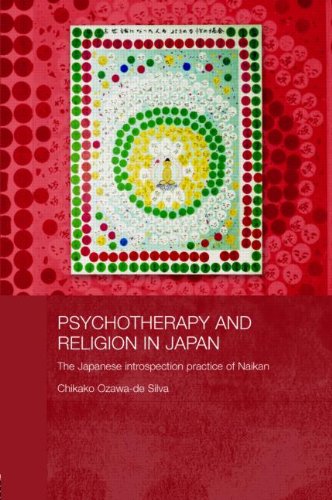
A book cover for Psychotherapy and Religion in Japan: The Japanese Introspection Practice of Naikan; Chikako Ozawa-de Silva; Religion & Spirituality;